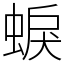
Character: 蜧